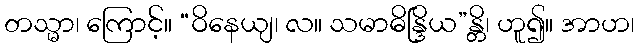
တသ္မာ၊ ကြောင့်။ “ဝိနေယျ၊ လ။ သမာဓိန္ဒြိယ”န္တိ၊ ဟူ၍။ အာဟ၊